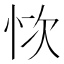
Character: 𢙊